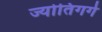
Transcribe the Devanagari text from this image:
ज्योतिगर्ग